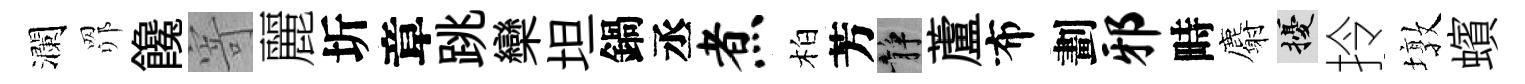
瀾𦊑饞寄麗圻章跳欒坦鍋丞煮柏芳静蘆布劃邪畤麝擾拎墩蠙